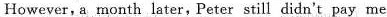
However, a month later,Peter still didn't pay me